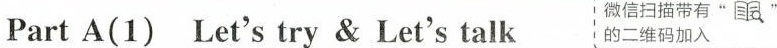
Part A(1) Let's try & Let's talk 微信扫描带有“ ”的二维码加入